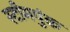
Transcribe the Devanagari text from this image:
स्टीमपुंक